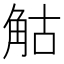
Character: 𧣗